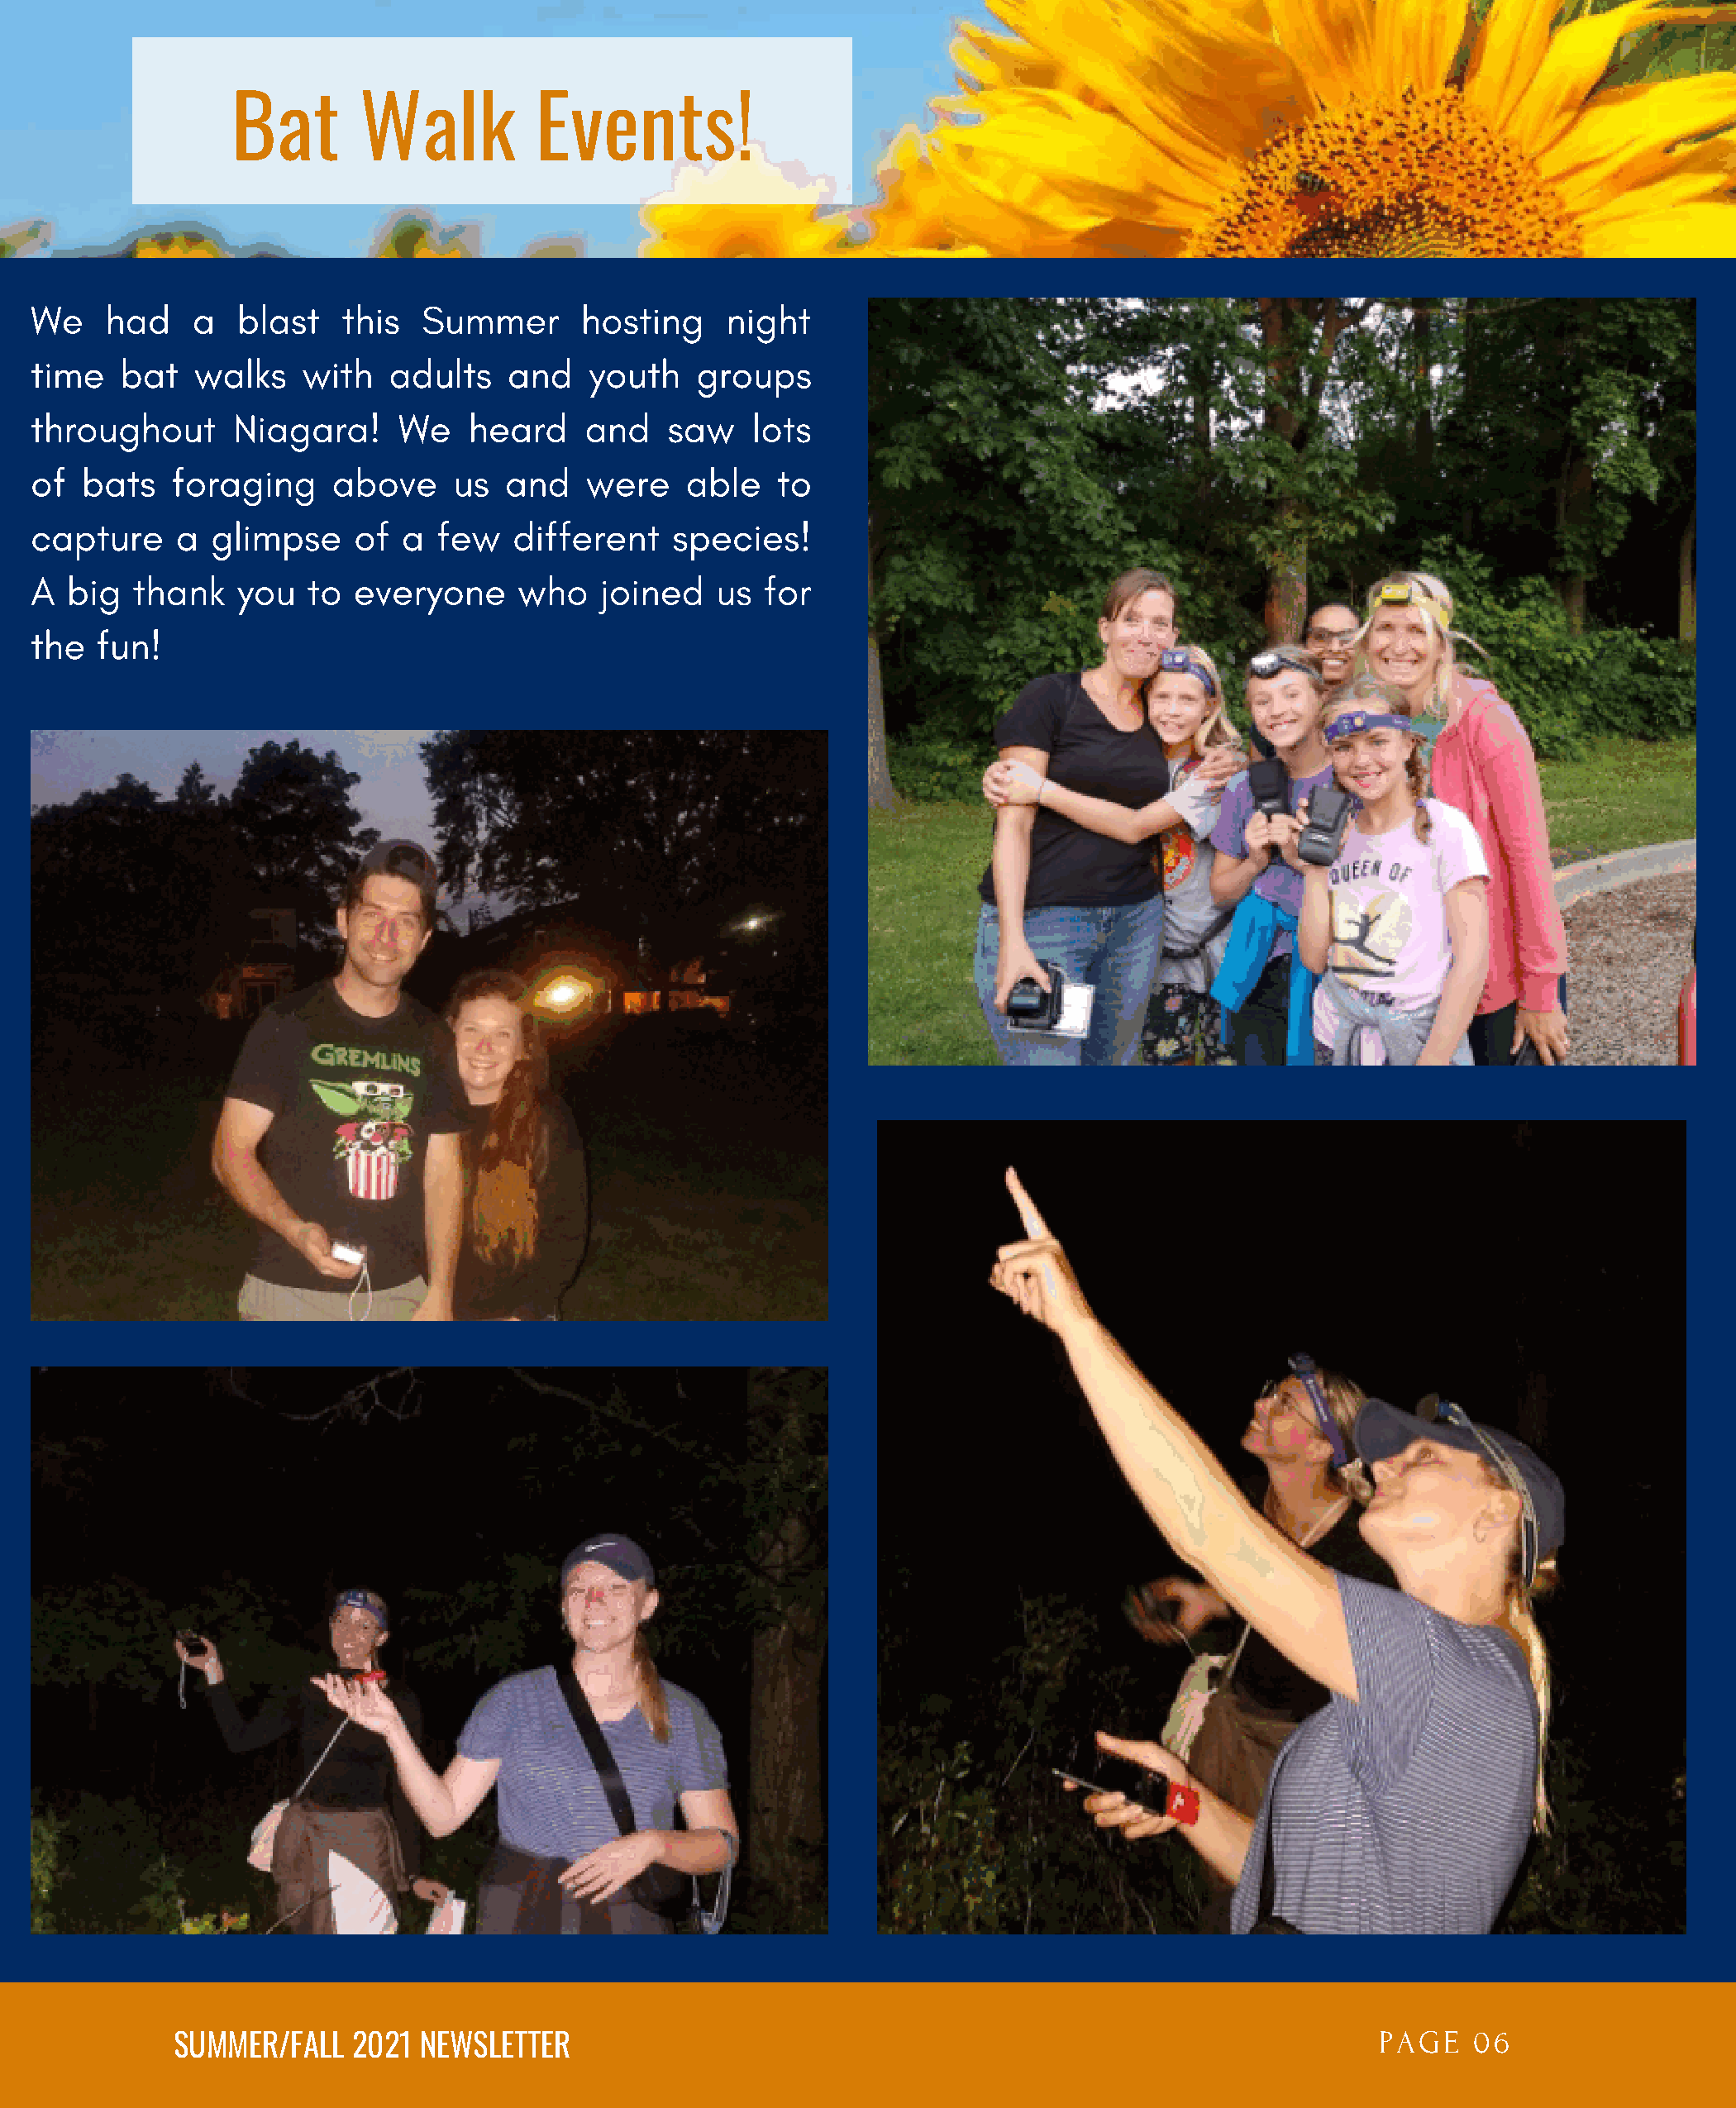
Bat       Walk          Events!
 We    had    a   blast   this   Summer       hosting    night
 time    bat   walks   with   adults    and   youth    groups
 throughout       Niagara!     We    heard    and   saw    lots
 of   bats   foraging     above    us  and    were    able   to
 capture     a  glimpse    of  a  few   different    species!
 A  big   thank   you   to everyone     who    joined   us  for
 the   fun!
 PAGE    06
 SUMMER/FALL   2021  NEWSLETTER